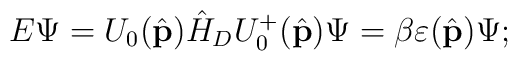
E\Psi=U_0(\hat{\bf p})\hat H_DU_0^+(\hat{\bf p})\Psi=   \beta\varepsilon(\hat{\bf p})\Psi;